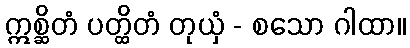
ဣစ္ဆိတံ ပတ္ထိတံ တုယှံ - စသော ဂါထာ။